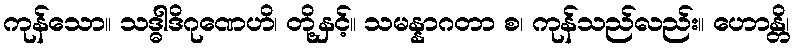
ကုန်သော။ သဒ္ဓါဒိဂုဏေဟိ၊ တို့နှင့်။ သမန္နာဂတာ စ၊ ကုန်သည်လည်း။ ဟောန္တိ၊